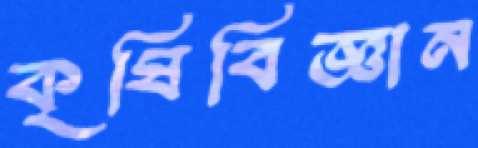
কৃষিবিজ্ঞান